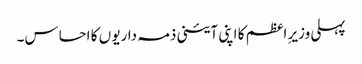
پہلی وزیرِ اعظم کا اپنی آئینی ذمہ داریو ں کا احساس۔